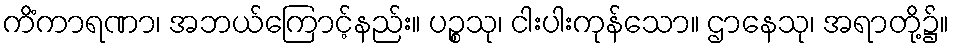
ကိံကာရဏာ၊ အဘယ်ကြောင့်နည်း။ ပဉ္စသု၊ ငါးပါးကုန်သော။ ဌာနေသု၊ အရာတို့၌။